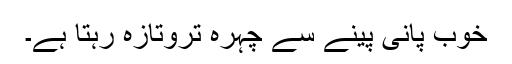
خوب پانی پینے سے چہرہ تروتازہ رہتا ہے۔